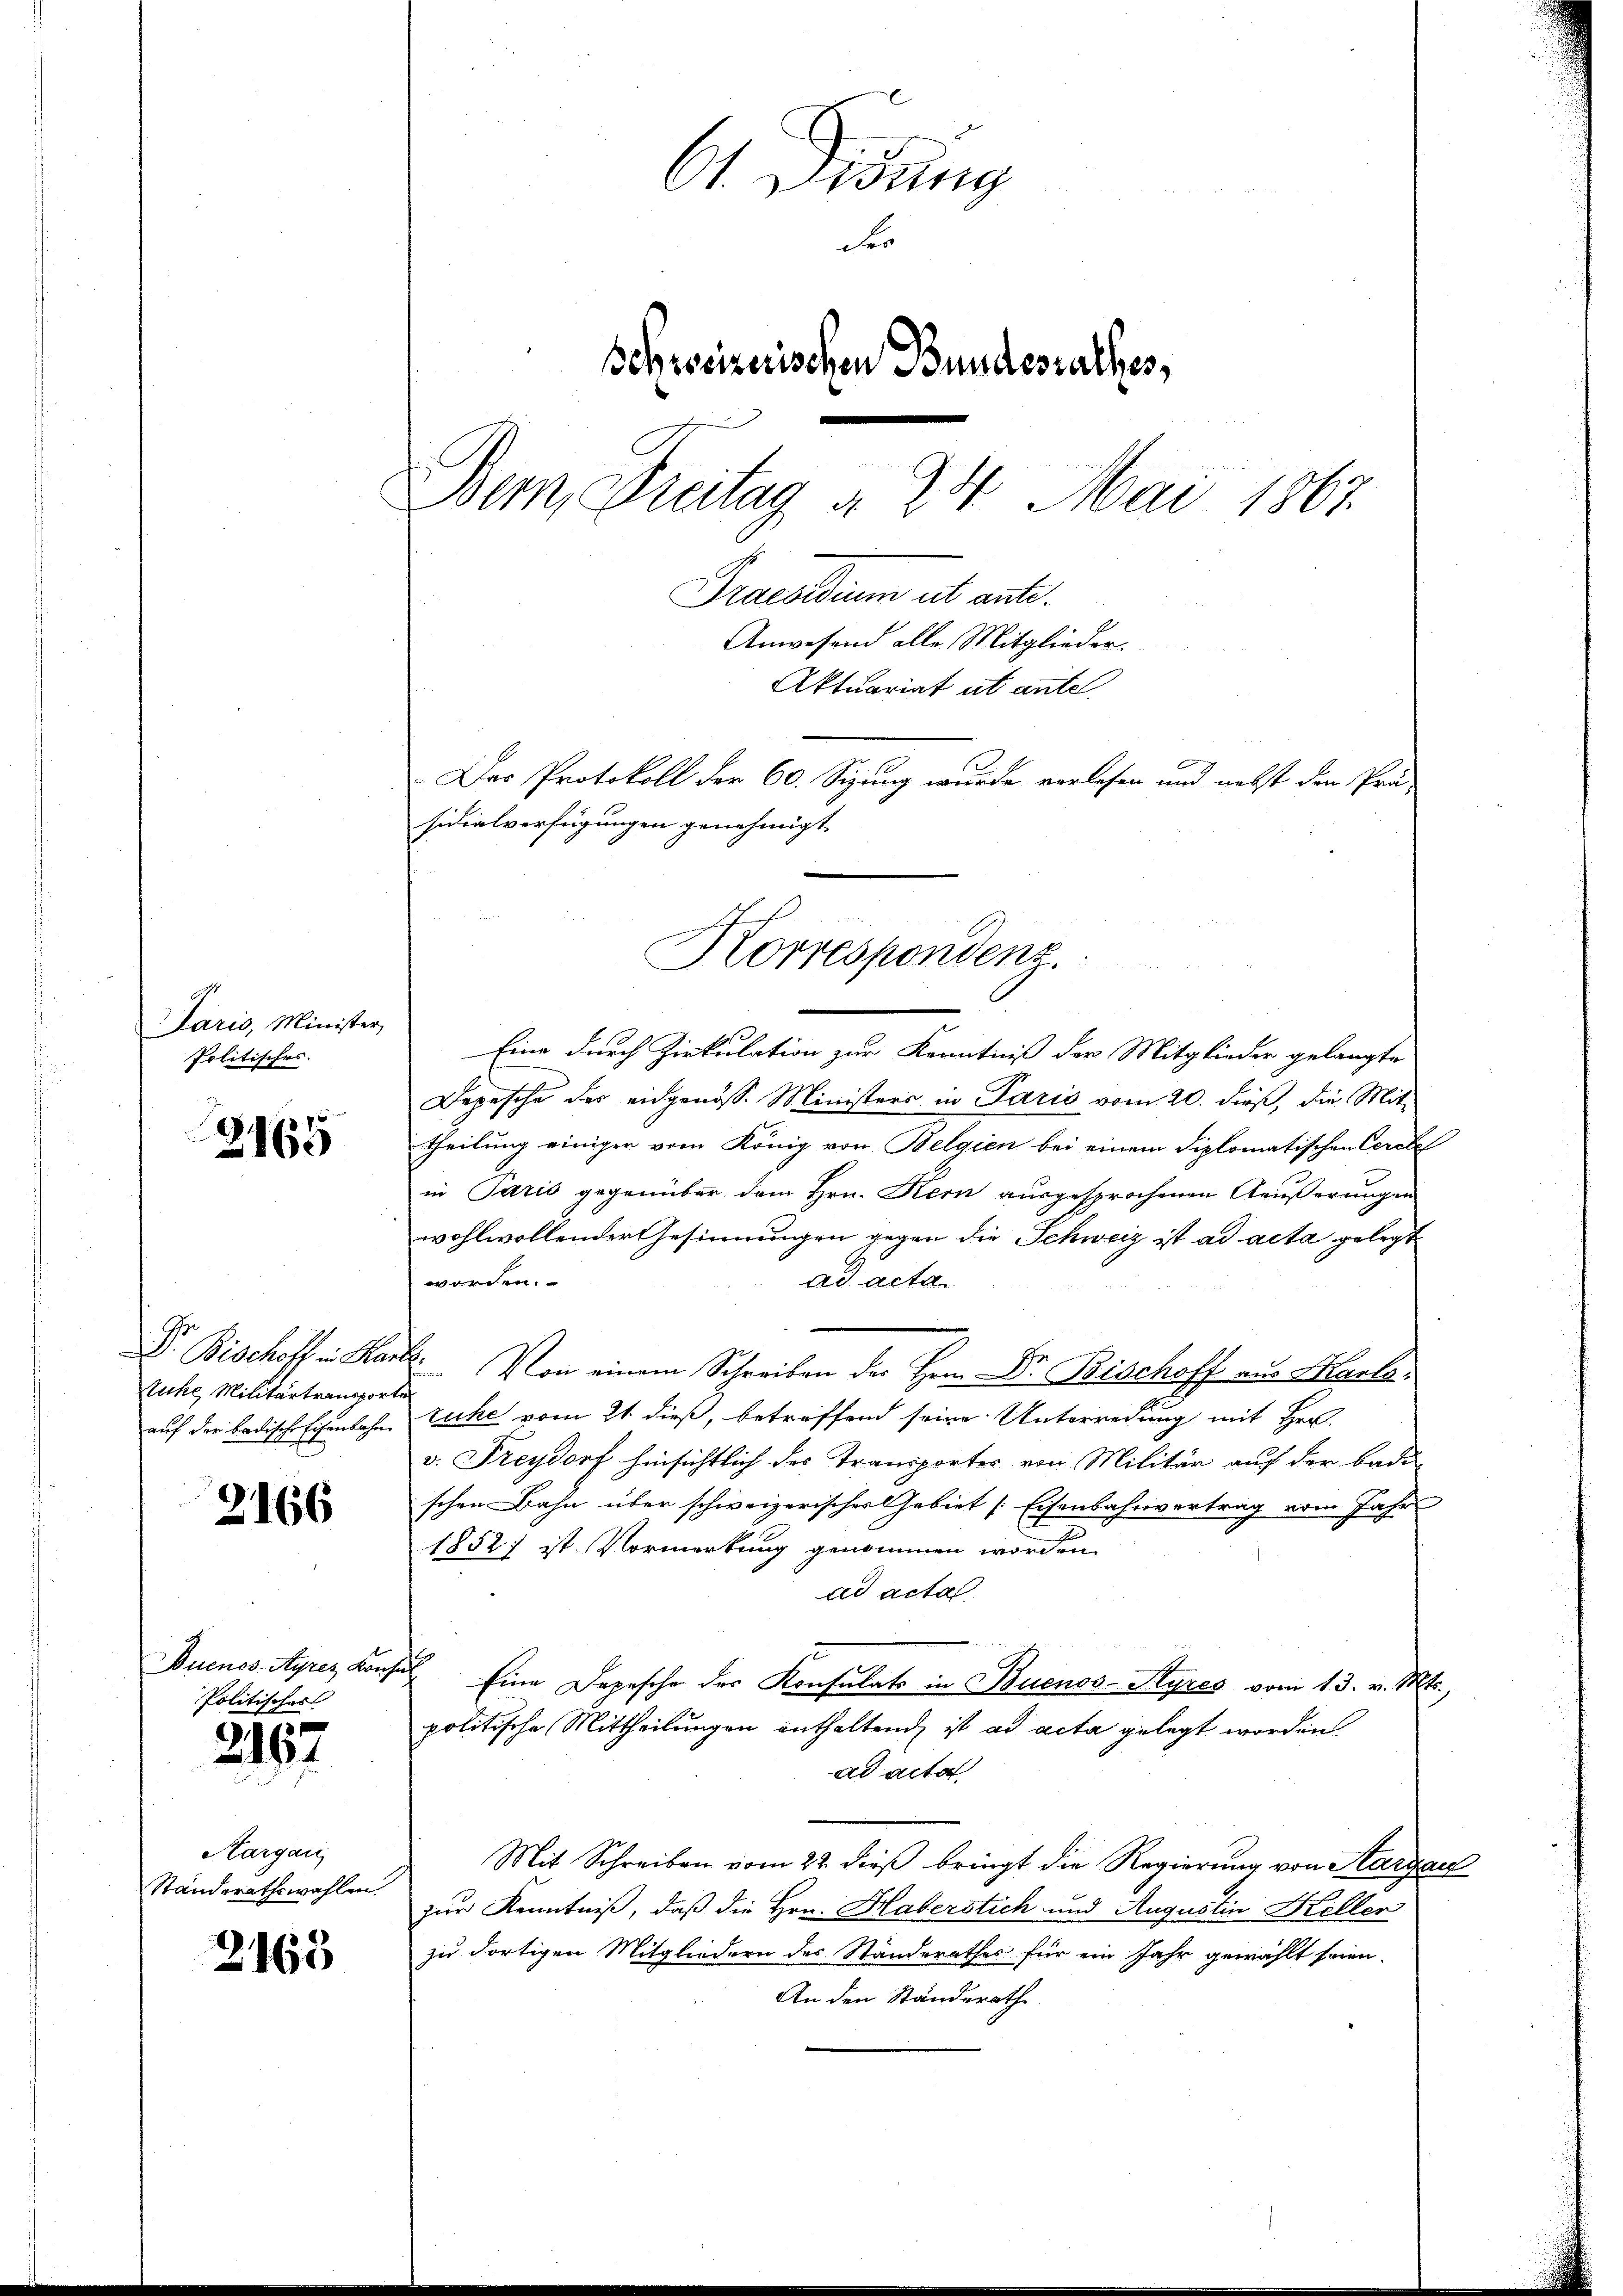
g.
aris, Minister,
Politisches.

3165

Stuche Militärtransporte

3166

Auenos-Ayres Kon
Politischest

2167

Hargau
Standerathswahlen.

2163

6 Didung
der
Schreizerischen Bundesrathes,
Dem Freitag § 24 Mai 1867.
Praesidium et ante.
Anwesend alle Mitglieder.
Aktuariat et antel
Das Protokoll der 60. Sizung wurde verlesen und nebst den Prä
sidialverfügungen genehmigt.

Eine durch Zirkulation zur Kenntniß der Mitglieder gelangte
Depesche der eidgenösse Ministers in Paris vom 20. dieß, die Mit
theilung einiger vom König von Belgien bei einem diplomatischen Cerebe
in Paris gegenüber dem Hrn. Kern ausgesprochenen Aeußerungen
wohlwollender Gesinnungen gegen die Schweiz ist ad acta gelegt
worden.
ad acta
Dr. Bischoff in Kant. Von einem Schreiben der Herr Dr. Bischoff aus Markauf der badische Eisenbahn, Zucke vom 21. dieß, betreffend seine Unterredung mit Her
v. Freydorf hinsichtlich des Transportes von Militär auf der Bade-
schen Bahn über schweizerischer Gebiet [Eisenbahnvertrag vom Jahr
1852 ist. Vormerkung genommen worden.
ad acta
sich Eine Depesche der Konsulats in Buenos-Ayres vom 13. v. Mts.,
politische Mittheilungen enthaltend ist ad acta gelegt worden.
ad acta
Mit Schreiben vom 22. dieß bringt die Regierung von Aargau
zur Kenntniß, daß die Hrn. Haberstich und Augustin Keller
zu dortigen Mitgliedern des Standerathes für ein Jahr gewählt seien.
An den Ständerath

Korrespondenz